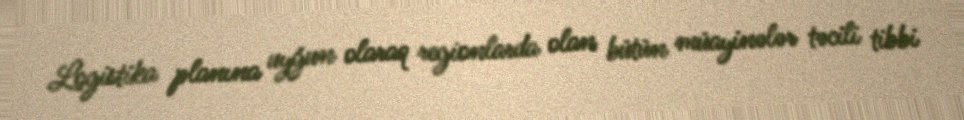
Logistika planına uyğun olaraq regionlarda olan bütün müayinələr təcili tibbi